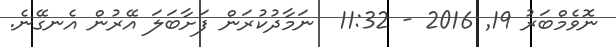
ނޮވެމްބަރު 19